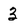
Character: 3